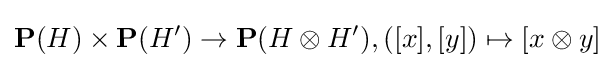
\mathbf {P} (H)\times \mathbf {P} (H')\to \mathbf {P} (H\otimes H'),([x],[y])\mapsto [x\otimes y]